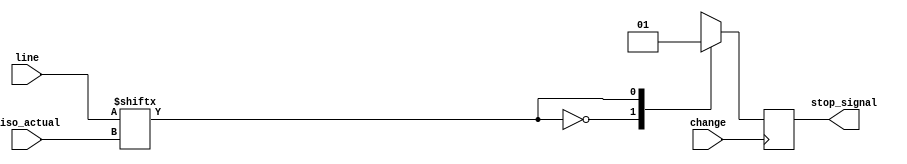
`timescale 1ns / 1ps
//////////////////////////////////////////////////////////////////////////////////
// Company: 
// Engineer: 
// 
// Design Name: 
// Module Name: mov_stop
// Project Name: 
// Target Devices: 
// Tool Versions: 
// Description: 
// 
// Dependencies: 
// 
// Revision:
// Revision 0.01 - File Created
// Additional Comments:
// 
//////////////////////////////////////////////////////////////////////////////////


module mov_stop(
    input change,
    input [3:0] line,
    output reg stop_signal,
    input [1:0] piso_actual
    );
    
    initial stop_signal = 1;
    
    always@(posedge change)begin
        case(line[piso_actual])
            1'd0: stop_signal =0;
            1'd1:stop_signal = 1;
        endcase
    end    
endmodule